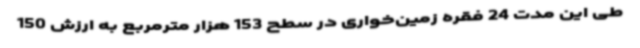
طی این مدت 24 فقره زمین‌خواری در سطح 153 هزار مترمربع به ارزش 150